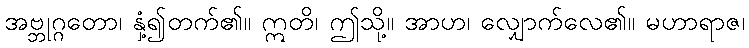
အဗ္ဘုဂ္ဂတော၊ နှံ့၍တက်၏။ ဣတိ၊ ဤသို့။ အာဟ၊ လျှောက်လေ၏။ မဟာရာဇ၊